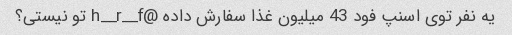
یه نفر توی اسنپ فود 43 میلیون غذا سفارش داده @h__r__f تو نیستی؟